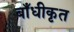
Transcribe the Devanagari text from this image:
बाँधीकृत